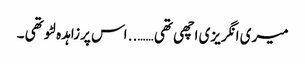
میری انگریزی اچھی تھی …….. اس پرزاہدہ لٹو تھی ۔